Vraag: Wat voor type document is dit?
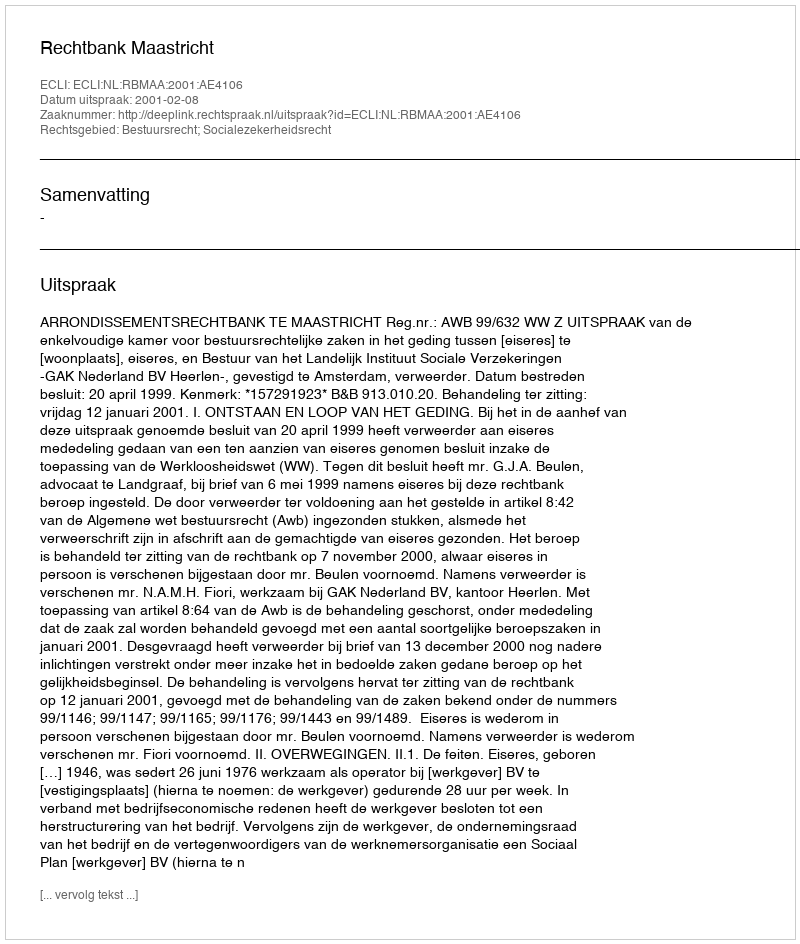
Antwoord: Uitspraak